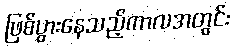
ဖြစ်ပွားနေသည့်ကာလအတွင်း